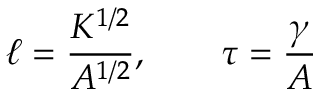
\ell = \frac { K ^ { 1 / 2 } } { A ^ { 1 / 2 } } , \qquad \tau = \frac { \gamma } { A }